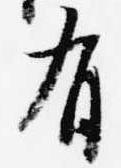
有